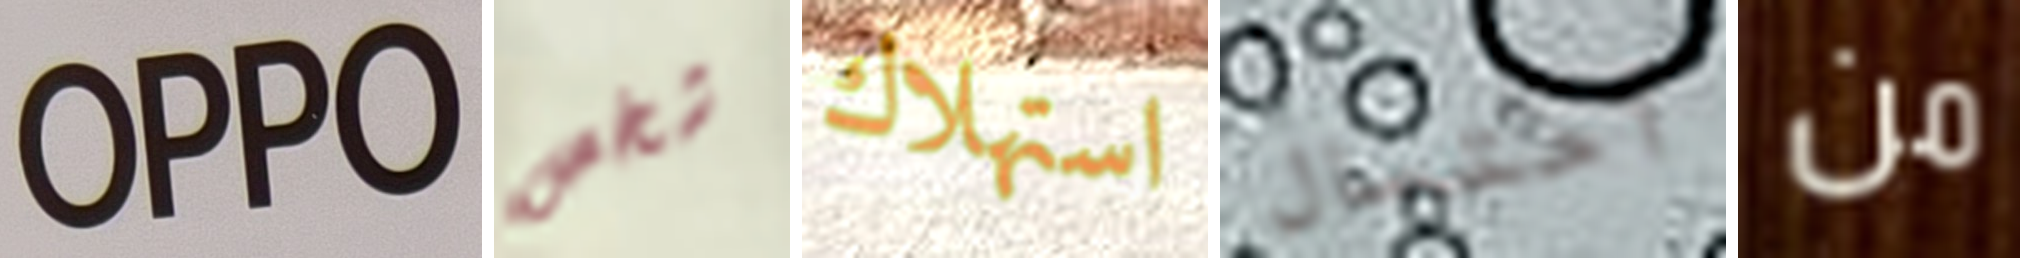
OPPO شخص استهلاك أحتمال من